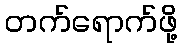
တက်ရောက်ဖို့